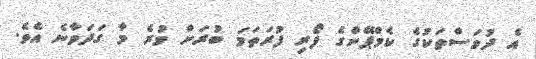
އެ ދުވަސްތަކުގެ ކެމްޕޭންގެ ފޯރި ފުރަތަމަ ބުރަށް ވުރެ މާ ގަދަވާނެ އެވެ.